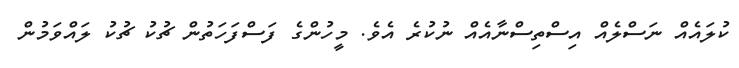
ކުލައެއް ނަސްލެއް އިސްތިސްނާއެއް ނުކުރެ އެވެ. މީހުންގެ ފަސްފަހަތުން ޗުކު ޗުކު ލައްވަމުން